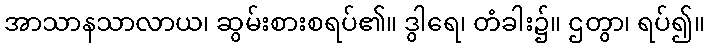
အာသာနသာလာယ၊ ဆွမ်းစားစရပ်၏။ ဒွါရေ၊ တံခါး၌။ ဌတွာ၊ ရပ်၍။